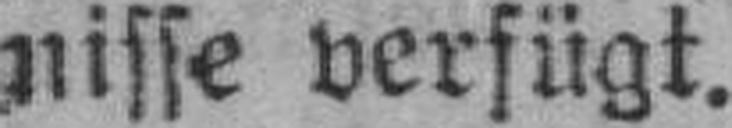
nisse verfügt.